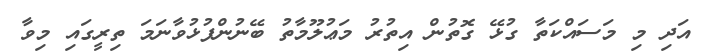
އަދި މި މަސައްކަތާ ގުޅޭ ގޮތުން އިތުރު މަޢުލޫމާތު ބޭނުންފުޅުވާނަމަ ތިރީގައި މިވާ